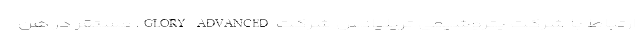
ارتباط با شرکت پتروشیمی تریلیانس شرکت GLORY ADVANCED، مستقر در هن